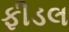
ફીડલ